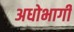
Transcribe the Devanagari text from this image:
अधोभागी